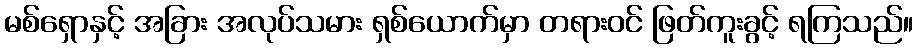
မစ်ရှောနှင့် အခြား အလုပ်သမား ရှစ်ယောက်မှာ တရားဝင် ဖြတ်ကူးခွင့် ရကြသည်။